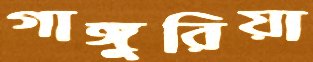
গাঙ্গুরিয়া